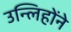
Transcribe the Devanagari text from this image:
उन्लिहोंने